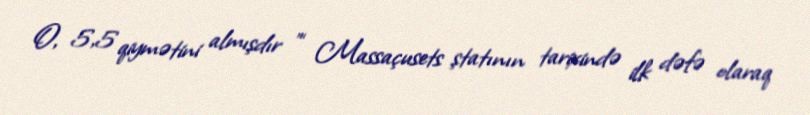
O, 5,5 qiymətini almışdır ”“ Massaçusets ştatının tarixində ilk dəfə olaraq